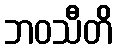
ဘဝသီတိ